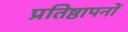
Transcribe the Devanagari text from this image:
प्रतिष्ठापनों